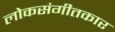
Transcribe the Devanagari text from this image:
लोकसंगीतकार